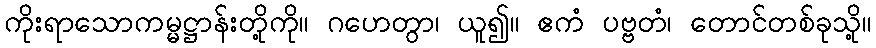
ကိုးရာသောကမ္မဋ္ဌာန်းတို့ကို။ ဂဟေတွာ၊ ယူ၍။ ဧကံ ပဗ္ဗတံ၊ တောင်တစ်ခုသို့။